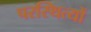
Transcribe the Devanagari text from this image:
परस्थित्यों